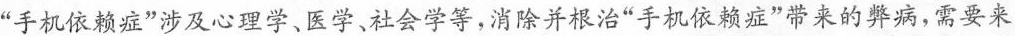
”手机依赖症”涉及心理学、医学、社会学等，消除并根治”手机依赖症”带来的弊病，需要来